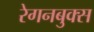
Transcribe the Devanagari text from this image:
रेगनबुक्स